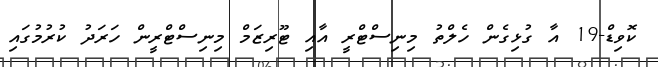
ކޮވިޑް-19 އާ ގުޅިގެން ހެލްތު މިނިސްޓްރީ އާއި ޓޫރިޒަމް މިނިސްޓްރީން ހަރަދު ކުރުމުގައި